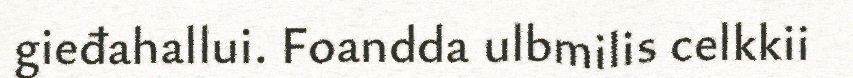
gieđahallui. Foandda ulbmilis celkkii